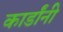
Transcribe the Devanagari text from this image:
कार्डांनी